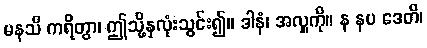
မနသိ ကရိတွာ၊ ဤသို့နှလုံးသွင်း၍။ ဒါနံ၊ အလှူကို။ န နပ ဒေတိ၊